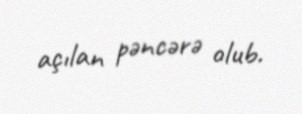
açılan pəncərə olub.